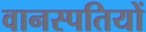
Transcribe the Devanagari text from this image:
वानस्पतियों